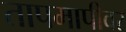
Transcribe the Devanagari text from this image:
तापमापीवर